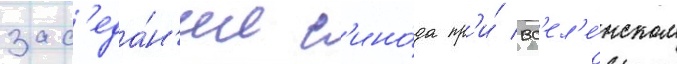
зас'еда́н'ии с'ино́да пр'и́ вс'ел'е́нском